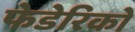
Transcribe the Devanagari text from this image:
फेडेरिको